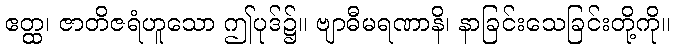
ဧတ္ထ၊ ဇာတိဇရံဟူသော ဤပုဒ်၌။ ဗျာဓီမရဏာနိ၊ နာခြင်းသေခြင်းတို့ကို။